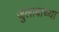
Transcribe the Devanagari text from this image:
जुलाबाच्या